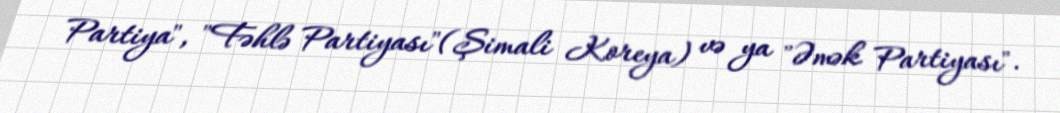
Partiya", "Fəhlə Partiyası"(Şimali Koreya) və ya "Əmək Partiyası".